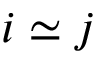
i \simeq j